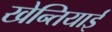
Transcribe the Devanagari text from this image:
खेन्तियाई